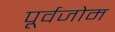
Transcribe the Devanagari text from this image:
पूर्वजोम